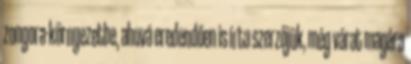
zongora-környezetbe, ahová eredendően is írta szerzőjük, még várat magára